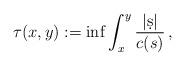
LaTeX: \begin{align*}\tau (x,y):= \inf \int_x^y \frac {|\d s|} {c(s)} \,,\end{align*}